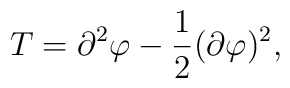
T=\partial^2\varphi-\frac{1}{2}(\partial\varphi)^2,